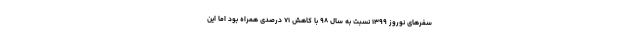
سفرهای نوروز ۱۳۹۹ نسبت به سال ۹۸ با کاهش ۷۱ درصدی همراه بود اما این